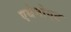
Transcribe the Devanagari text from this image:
एथेनोएट